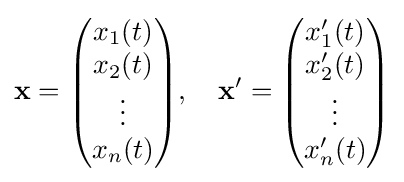
\mathbf {x} ={\begin{pmatrix}x_{1}(t)\\x_{2}(t)\\\vdots \\x_{n}(t)\end{pmatrix}},\quad \mathbf {x} '={\begin{pmatrix}x_{1}'(t)\\x_{2}'(t)\\\vdots \\x_{n}'(t)\end{pmatrix}}